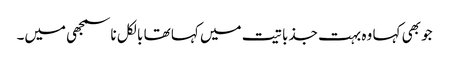
جو بھی کہا وہ بہت جذباتیت میں کہا تھا بالکل ناسمجھی میں۔